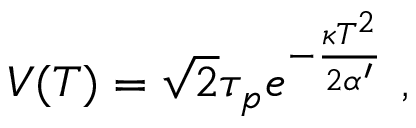
V ( T ) = \sqrt { 2 } \tau _ { p } e ^ { - { \frac { \kappa T ^ { 2 } } { 2 \alpha ^ { \prime } } } } \ ,